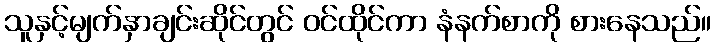
သူနှင့်မျက်နှာချင်းဆိုင်တွင် ဝင်ထိုင်ကာ နံနက်စာကို စားနေသည်။